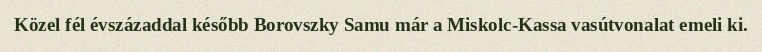
Közel fél évszázaddal később Borovszky Samu már a Miskolc-Kassa vasútvonalat emeli ki.